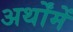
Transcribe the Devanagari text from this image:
अर्थोंमें